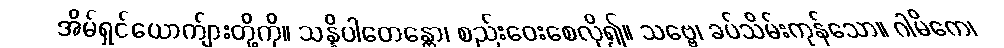
အိမ်ရှင်ယောက်ျားတို့ကို။ သန္နိပါတေန္တော၊ စည်းဝေးစေလို၍။ သဗ္ဗေ၊ ခပ်သိမ်းကုန်သော။ ဂါမိကေ၊